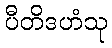
ပီတိဒဟံသု